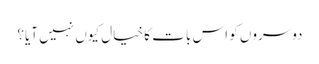
دوسروں کو اس بات کا خیال کیوں نہیں آیا؟